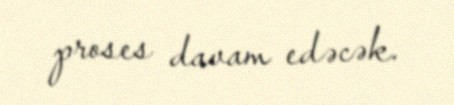
proses davam edəcək.